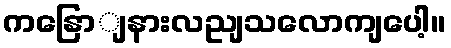
ကနြောျနားလညျသလောကျပေါ့။